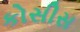
કોસીસ